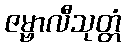
ဇမ္ဗာလီသုတ္တံ